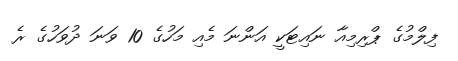
ފިލްމުގެ ޕްރިމިއާ ނައިޓަކީ އަންނަ މެއި މަހުގެ 10 ވަނަ ދުވަހުގެ ރެ